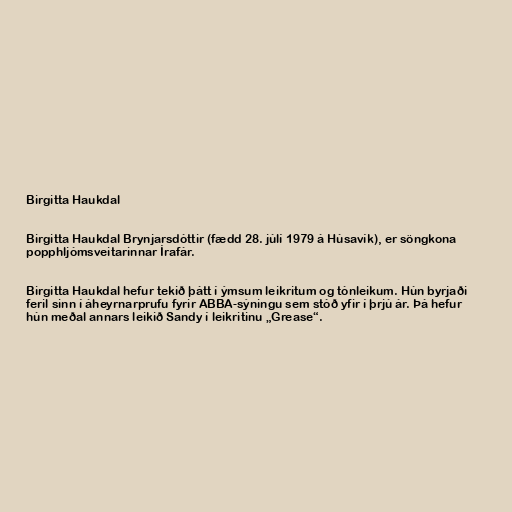
Birgitta Haukdal

Birgitta Haukdal Brynjarsdóttir (fædd 28. júlí 1979 á Húsavík), er söngkona
popphljómsveitarinnar Írafár.

Birgitta Haukdal hefur tekið þátt í ýmsum leikritum og tónleikum. Hún byrjaði
feril sinn í áheyrnarprufu fyrir ABBA-sýningu sem stóð yfir í þrjú ár. Þá hefur
hún meðal annars leikið Sandy í leikritinu „Grease“.